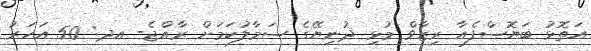
އަތޮޅު ބަޔޮސްފެއާ ރިޒާވް މުޅި ދުނިޔޭގެ ސަމާލުކަމަށް ރާއްޖެ- އދ: 50 އަހަރު